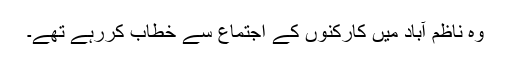
وہ ناظم آباد میں کارکنوں کے اجتماع سے خطاب کررہے تھے۔